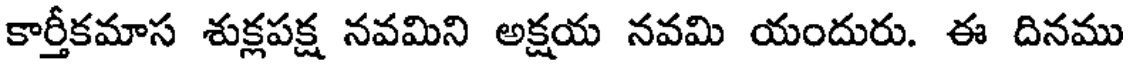
కార్తీకమాస శుక్లపక్ష నవమిని అక్షయ నవమి యందురు. ఈ దినము